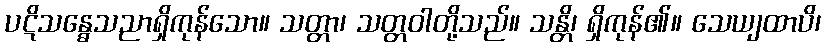
ပဋိသန္ဓေသညာရှိကုန်သော။ သတ္တာ၊ သတ္တဝါတို့သည်။ သန္တိ၊ ရှိကုန်၏။ သေယျထာပိ၊